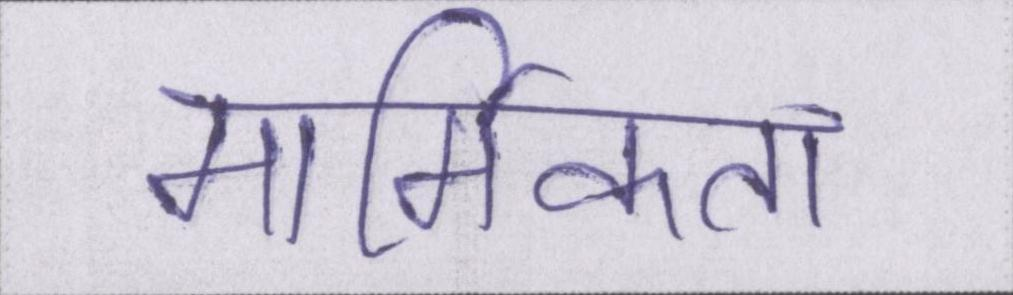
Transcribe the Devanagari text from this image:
मार्मिकता